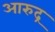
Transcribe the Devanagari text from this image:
आरुद्र